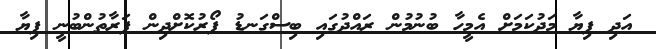
އަދި ފިޔާ މަދުކަމަށް އެމީހާ ބުނުމުން ރައްދުގައި ބިސްގަނޑު ފޯރުކޮށްދިން ފަރާތުންބުނީ ފިޔާ